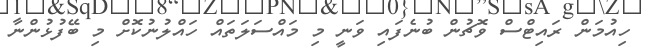
ހިއުމަން ރައިޓްސް ވޮޗުން ބުނެފައި ވަނީ މި މައްސަލަތައް ހައްލުނުކޮށް މި ބޭފުޅުންނާ